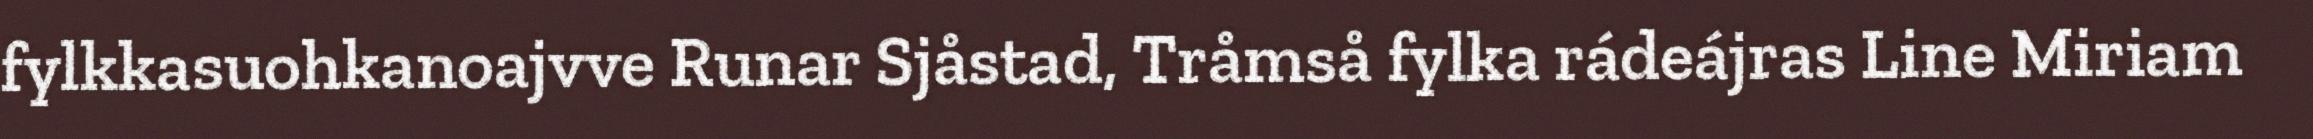
fylkkasuohkanoajvve Runar Sjåstad, Tråmså fylka rádeájras Line Miriam